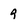
Character: 9